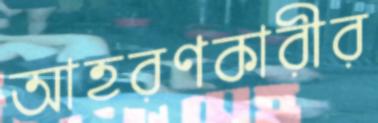
আহরণকারীর